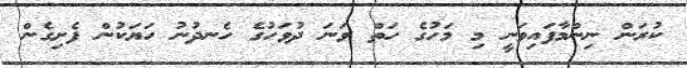
ކުރަން ނިންމާފައިވަނީ މި މަހުގެ ހަތް ވަނަ ދުވަހުގެ ހެނދުނު ހަޔަކުން ފެށިގެން